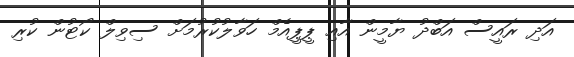
އަދި ރައީސް އަބްދު ޔާމީން އާއި ޕީޕީއެމް ހަވާލުކުރުމަށް ސިވިލް ކޯޓުން ކުރި